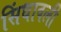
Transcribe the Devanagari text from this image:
सिंधावली